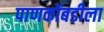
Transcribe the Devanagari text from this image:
पाणकोंबडीला